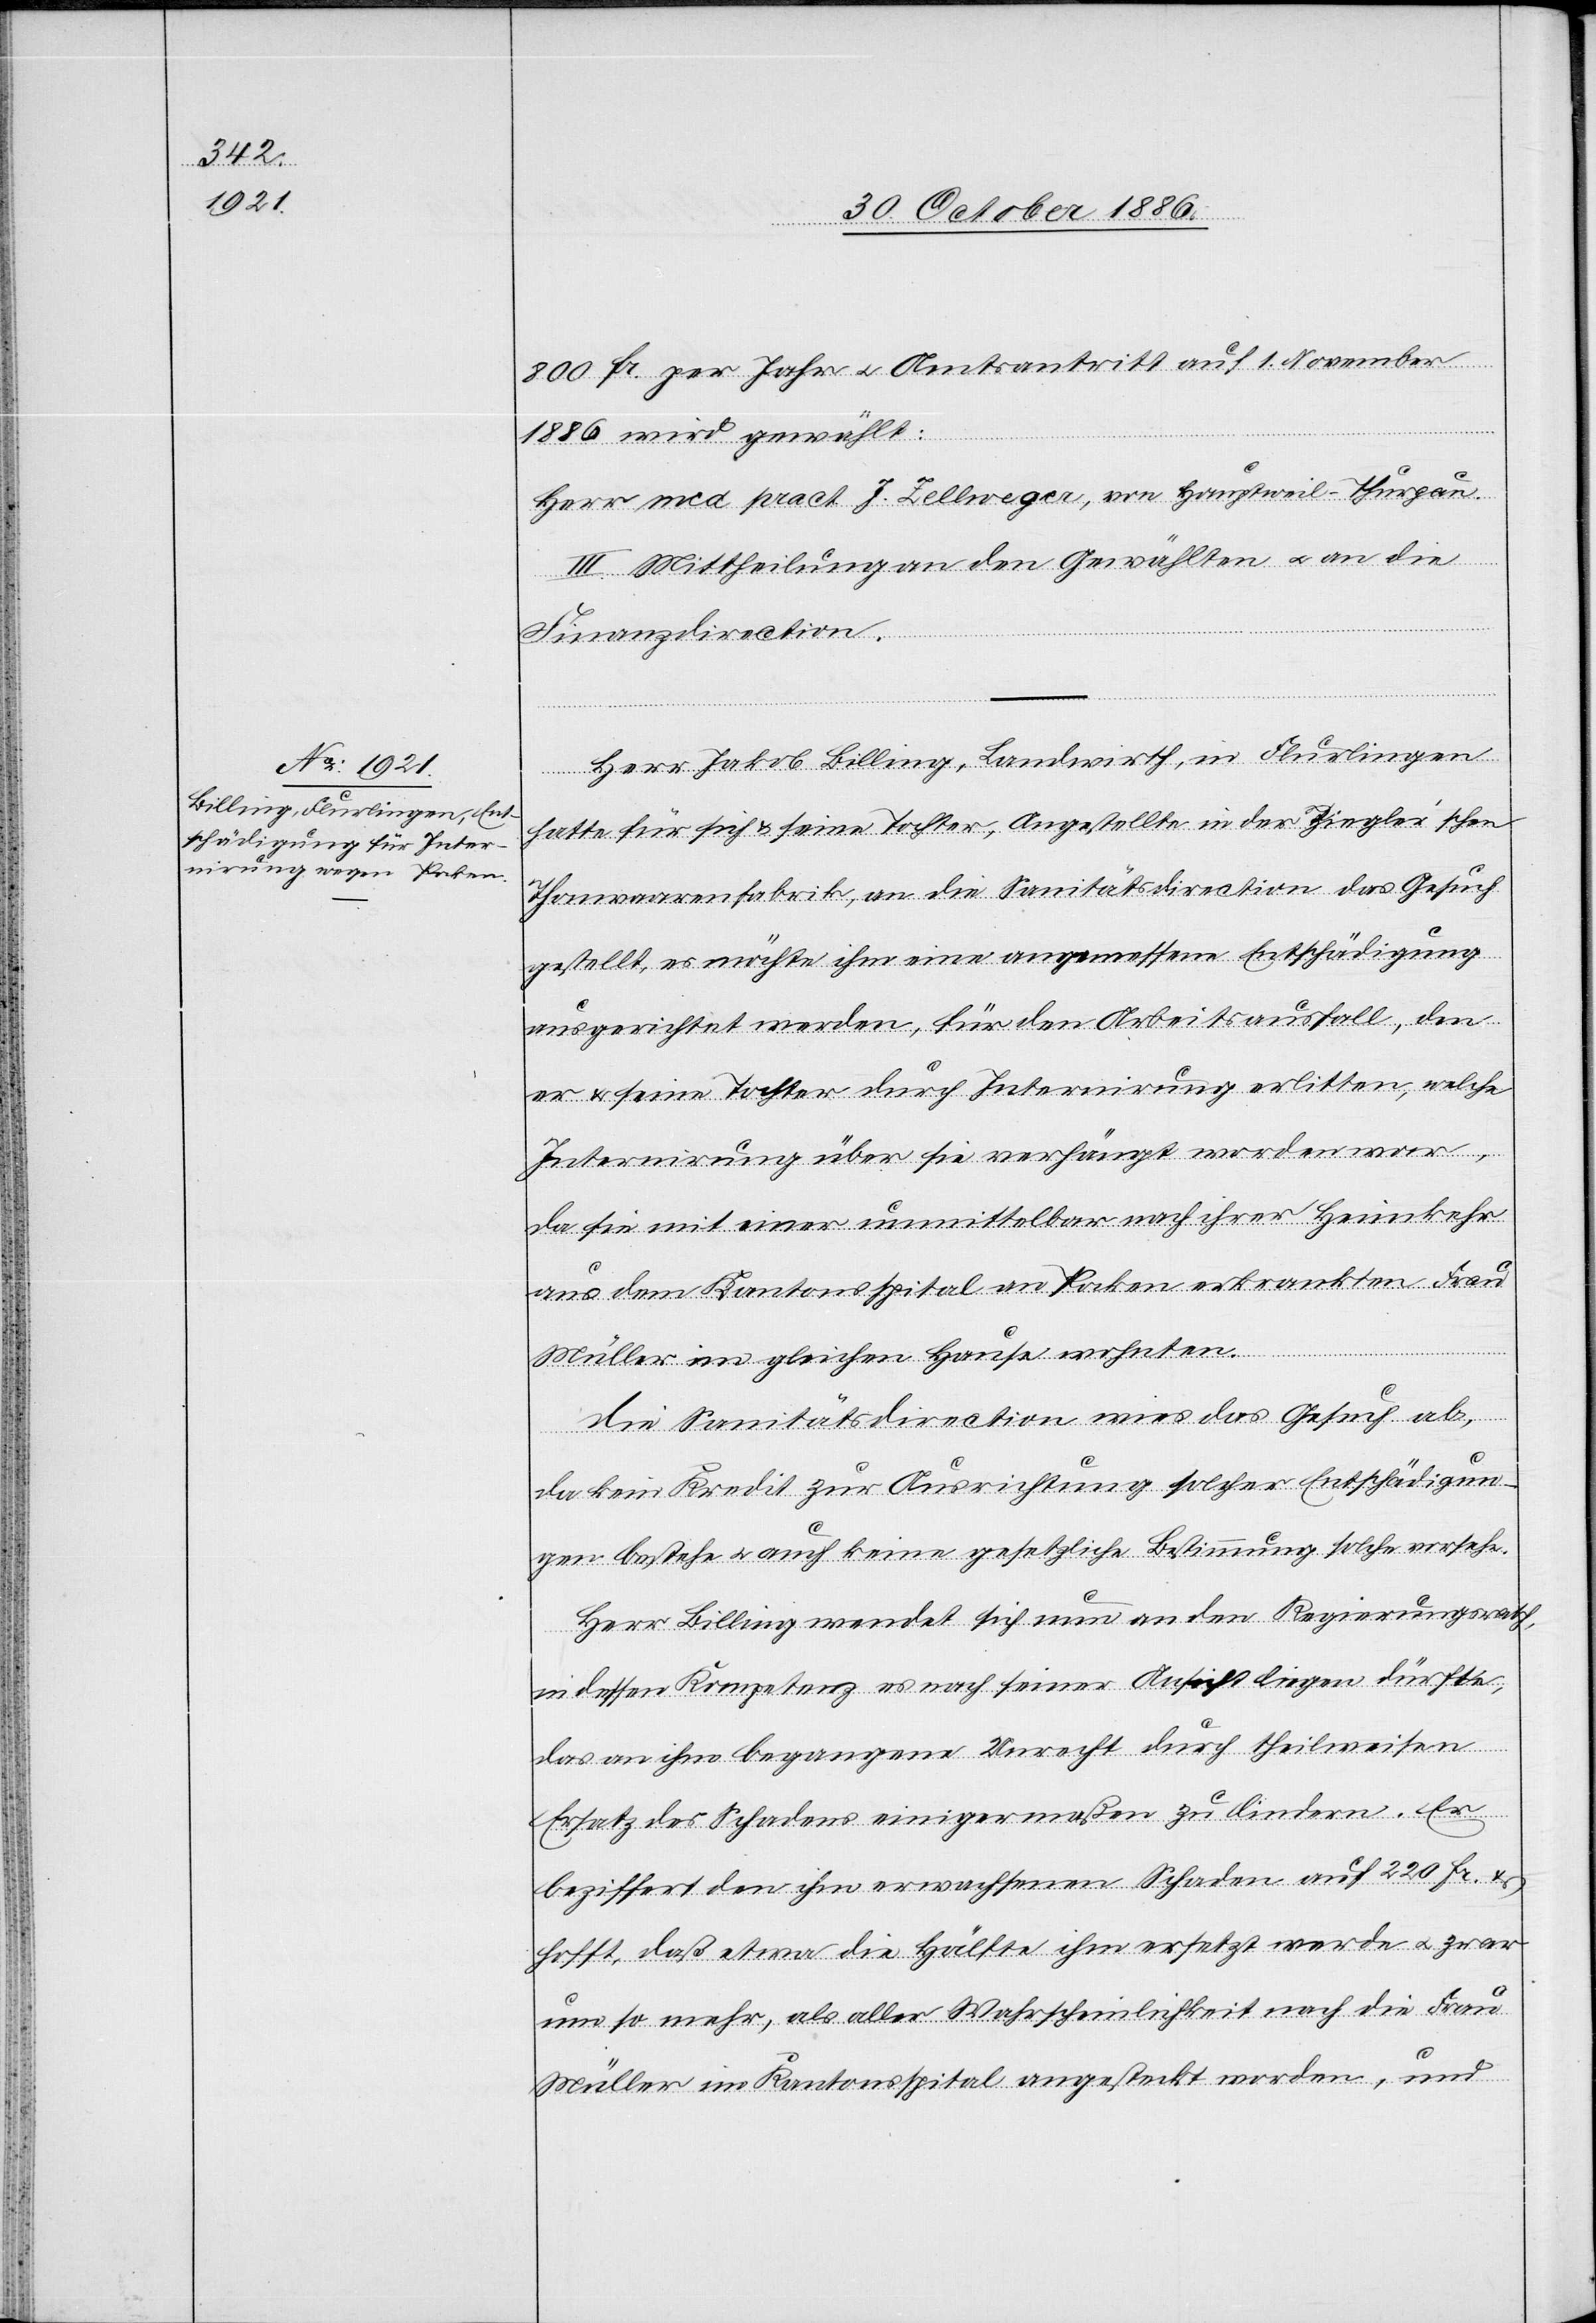
800 Fr. per Jahr & Amtsantritt auf 1. November
1886 wird gewählt:
Herr med. pract. J. Zellweger, von Hauptweil - Thurgau.
III. Mittheilung an den Gewählten & an die
Finanzdirection.
Herr Jakob Billing, Landwirth, in Flurlingen
hatte für sich & seine Tochter, Angestellte in der Ziegler’schen
Thonwaarenfabrik, an die Sanitätsdirection das Gesuch
gestellt, es möchte ihm eine angemessene Entschädigung
ausgerichtet werden, für den Arbeitsausfall, den
er & seine Tochter durch Internirung erlitten, welche
Internirung über sie verhängt worden war,
da sie mit einer unmittelbar nach ihrer Heimkehr
aus dem Kantonsspital an Pocken erkrankten Frau
Müller im gleichen Hause wohnten.
Die Sanitätsdirection wies das Gesuch ab,
da kein Kredit zur Ausrichtung solcher Entschädigun¬
gen bestehe & auch keine gesetzliche Bestimmung solche vorsehe.
Herr Billing wendet sich nun an den Regierungsrath,
in dessen Kompetenz es nach seiner Ansicht liegen dürfte,
das an ihm begangene Unrecht durch theilweisen
Ersatz des Schadens einigermaßen zu lindern. Er
beziffert den ihm erwachsenen Schaden auf 220 Fr. &
hofft, daß etwa die Hälfte ihm ersetzt werde & zwar
um so mehr, als aller Wahrscheinlichkeit nach die Frau
Müller im Kantonsspital angesteckt worden, und